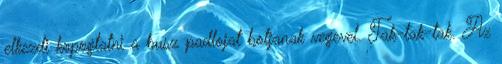
elkezdi kopogtatni a busz padlojat botjanak vegevel. Tak-tak-tak. Az